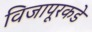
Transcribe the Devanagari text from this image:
विजापूरकडे